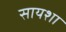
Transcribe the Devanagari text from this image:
सायशा